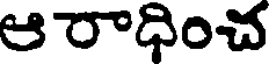
ఆ రాధించ